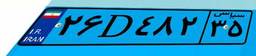
۴۰D۸۹۲۹۱